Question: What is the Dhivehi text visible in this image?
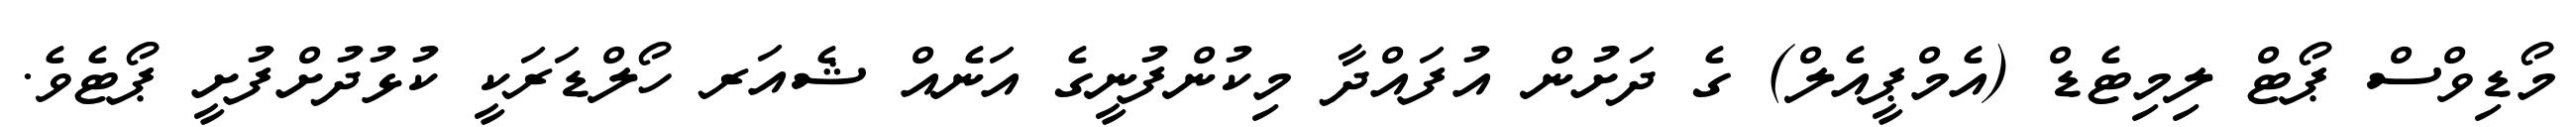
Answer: މޯޑިވްސް ޕޯޓް ލިމިޓެޑް (އެމްޕީއެލް) ގެ ދަށުން އުފައްދާ މިކުންފުނީގެ އަނެއް ޝެއަރ ހޯލްޑަރަކީ ކުޅުދުށްފުށީ ޕޯޓެވެ.